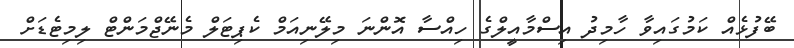
ބޭފުޅެއް ކަމުގައިވާ ހާމިދު އިސްމާއީލްގެ ހިއްސާ އޮންނަ މިލޭނިއަމް ކެޕިޓަލް މެނޭޖްމަންޓް ލިމިޓެޑަށް